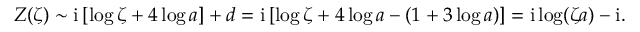
Z ( \zeta ) \sim \mathrm { i } \left[ \log \zeta + { 4 \log a } \right] + d = \mathrm { i } \left[ \log \zeta + { 4 \log a } - ( 1 + 3 \log a ) \right] = \mathrm { i } \log ( \zeta a ) - \mathrm { i } .